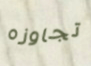
تجاوزه